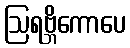
ဩရဗ္ဘိကောပေ